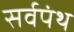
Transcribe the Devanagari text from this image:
सर्वपंथ